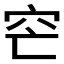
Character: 𥤩